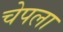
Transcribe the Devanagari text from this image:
चेपला